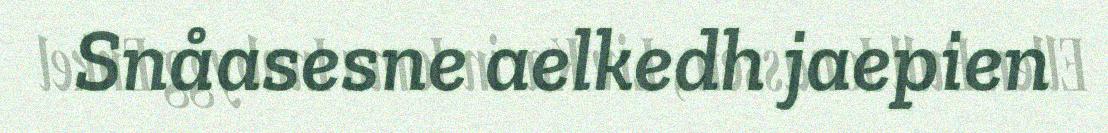
Snåasesne aelkedh jaepien